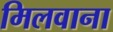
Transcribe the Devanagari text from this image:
मिलवाना